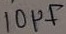
Text: 10µF